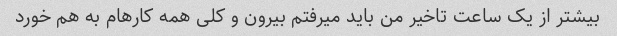
بیشتر از یک ساعت تاخیر من باید میرفتم بیرون و کلی همه کارهام به هم خورد